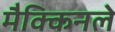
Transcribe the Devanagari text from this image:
मैक्किनले